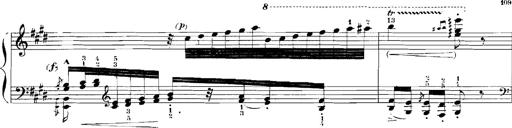
Title: Rhapsodies hongroises
Composer: Franz Liszt